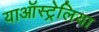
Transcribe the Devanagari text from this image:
याऑस्ट्रेलिया